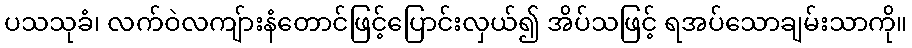
ပသသုခံ၊ လက်ဝဲလကျ်ားနံတောင်ဖြင့်ပြောင်းလှယ်၍ အိပ်သဖြင့် ရအပ်သောချမ်းသာကို။